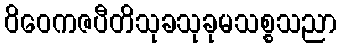
ဝိဝေကဇပီတိသုခသုခုမသစ္စသညာ